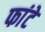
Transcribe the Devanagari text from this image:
फांटे